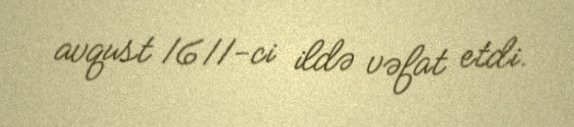
avqust 1611-ci ildə vəfat etdi.